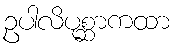
ဥပါလိပုစ္ဆာကထာ